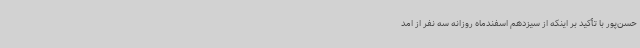
حسن‌پور با تأکید بر اینکه از سیزدهم اسفندماه روزانه سه نفر از امد